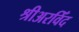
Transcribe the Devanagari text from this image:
श्रीअरविँद